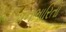
ધનભારિતા